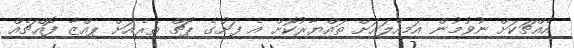
އެއްޗަކަށް ނުވުމުން އަމިއްލައަށް ތައްޔާރުކޮށް އެ ފަށުގެ ޕޯޗް ތެރެއަށް ޕިއްޒާ ފޮއްޗެއް